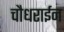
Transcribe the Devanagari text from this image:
चौधराईन